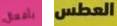
بأفعال العطس